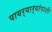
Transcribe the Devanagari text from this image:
पायर्‍यार्‍यांपाशी